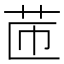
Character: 𦭧